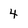
Character: 4